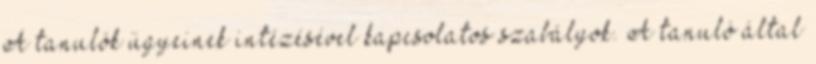
A tanulók ügyeinek intézésével kapcsolatos szabályok. A tanuló által